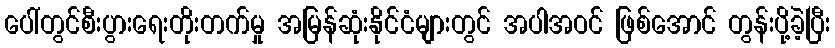
ပေါ်တွင်စီးပွားရေးတိုးတက်မှု အမြန်ဆုံးနိုင်ငံများတွင် အပါအဝင် ဖြစ်အောင် တွန်းပို့ခဲ့ပြီး